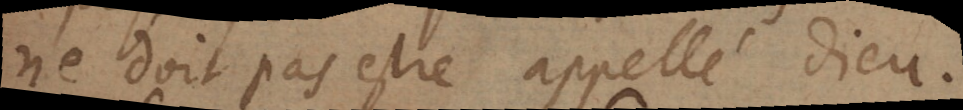
ne doit pas estre appellé Dieu.